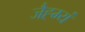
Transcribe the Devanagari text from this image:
जैह्म्यं